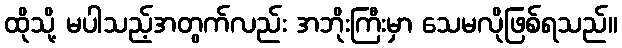
ထိုသို့ မပါသည့်အတွက်လည်း အဘိုးကြီးမှာ သေမလိုဖြစ်ရသည်။